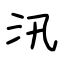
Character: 汛